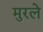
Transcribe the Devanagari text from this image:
मुरले